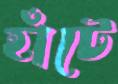
হাঁটে